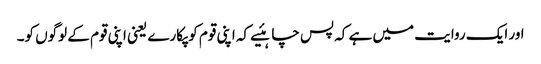
اور ایک روایت میں ہے کہ پس چاہئیے کہ اپنی قوم کو پکارے یعنی اپنی قوم کے لوگوں کو۔